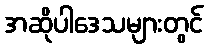
အဆိုပါဒေသများတွင်